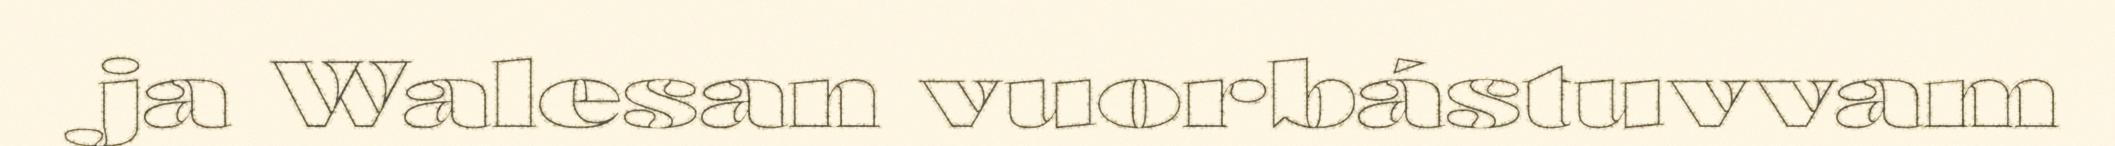
ja Walesan vuorbástuvvam